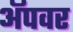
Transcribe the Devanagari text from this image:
अॅपवर